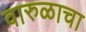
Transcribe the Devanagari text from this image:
वारुळाचा